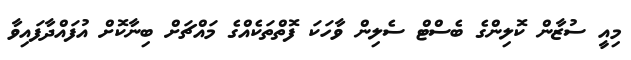
މިއީ ސުޒާން ކޮލިންގެ ބެސްޓް ސެލިން ވާހަކަ ފޮތްތަކެއްގެ މައްޗަށް ބިނާކޮށް އުފައްދާފައިވާ